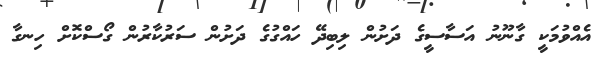
އެއްވުމަކީ ގާނޫނު އަސާސީގެ ދަށުން ލިބިދޭ ހައްގުގެ ދަށުން ސަރުކާރުން ގޯސްކޮށް ހިނގާ